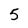
Character: 5